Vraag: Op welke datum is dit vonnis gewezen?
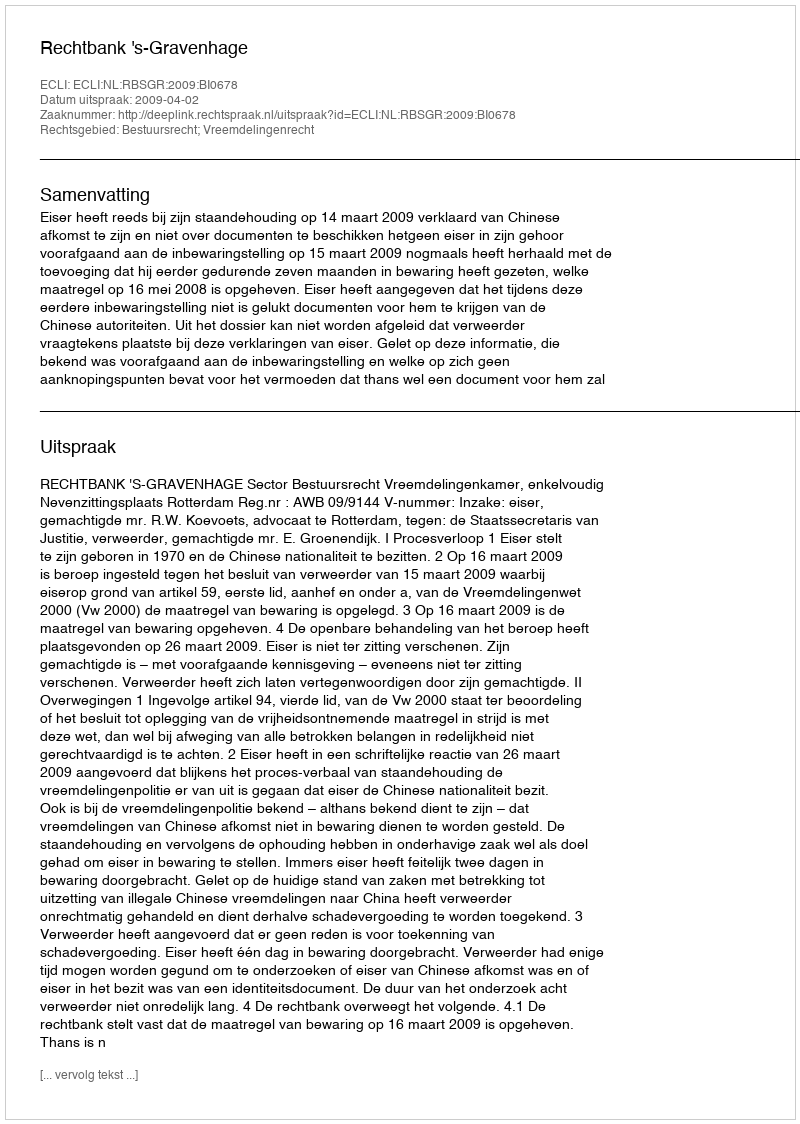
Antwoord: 2009-04-02